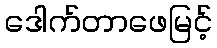
ဒေါက်တာဖေမြင့်